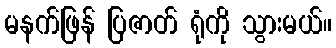
မနက်ဖြန် ပြဇာတ် ရုံကို သွားမယ်။